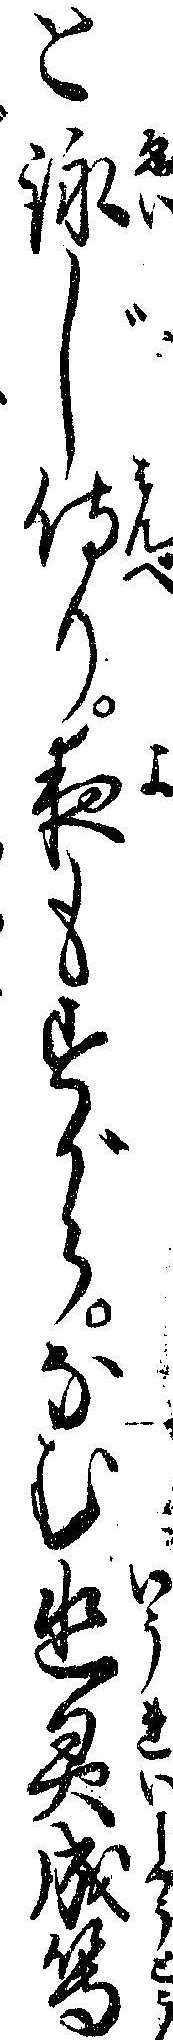
と詠じ侍り夜もすがらなむ幽霊成等